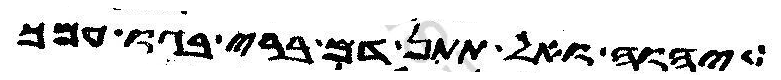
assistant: יהוה ואל תתן אדם ברי בגו עמך